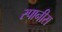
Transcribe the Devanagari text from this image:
स्पानीस